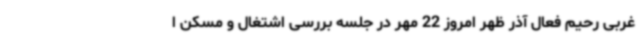
غربی رحیم فعال آذر ظهر امروز 22 مهر در جلسه بررسی اشتغال و مسکن ا